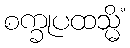
စက္ခုပထသ္မိံ